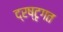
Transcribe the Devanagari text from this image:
द्रष्टृगत